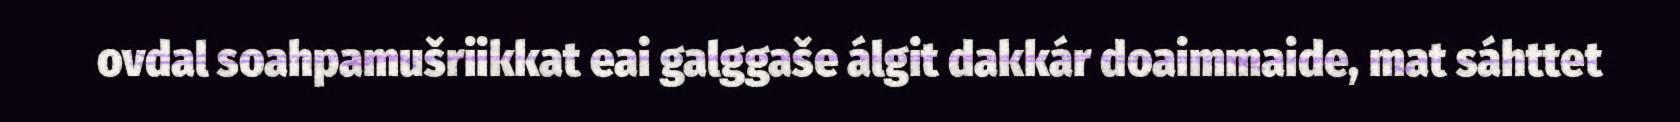
ovdal soahpamušriikkat eai galggaše álgit dakkár doaimmaide, mat sáhttet